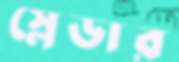
স্লেডার